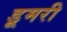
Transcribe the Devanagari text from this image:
डूमरी